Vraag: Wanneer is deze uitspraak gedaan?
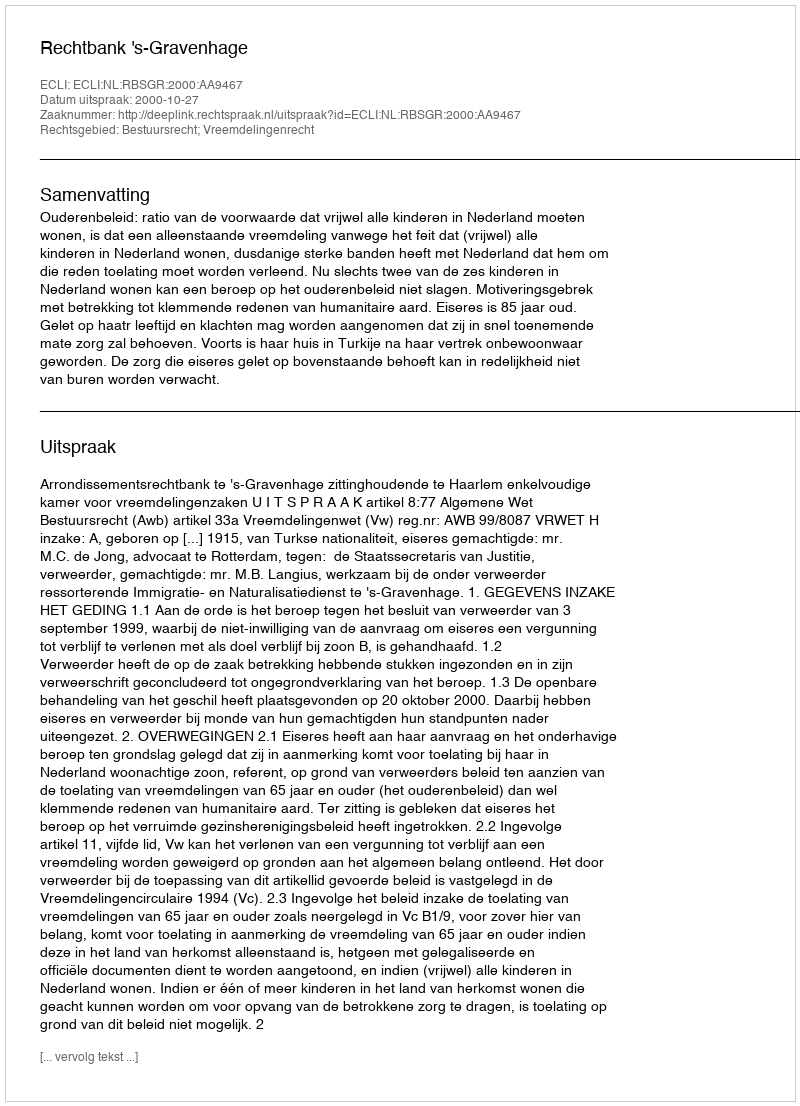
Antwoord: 2000-10-27